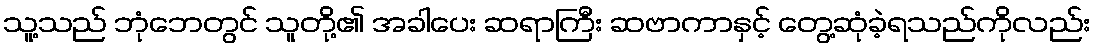
သူ့သည် ဘုံဘေတွင် သူတို့၏ အခါပေး ဆရာကြီး ဆဗာကာနှင့် တွေ့ဆုံခဲ့ရသည်ကိုလည်း